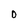
Character: D